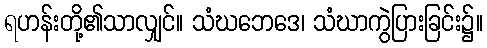
ရဟန်းတို့၏သာလျှင်။ သံဃဘေဒေ၊ သံဃာကွဲပြားခြင်း၌။